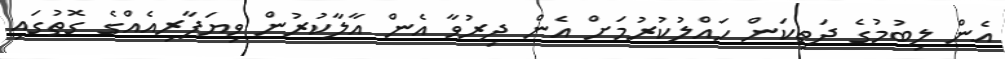
އެން ލިބުމުގެ ދަތިކަން ހައްލުކުރުމަށް އެން ދިރުވާ އެން އާލާކުރުން ވިޔަފާރިއެއްގެ ގޮތުގައި